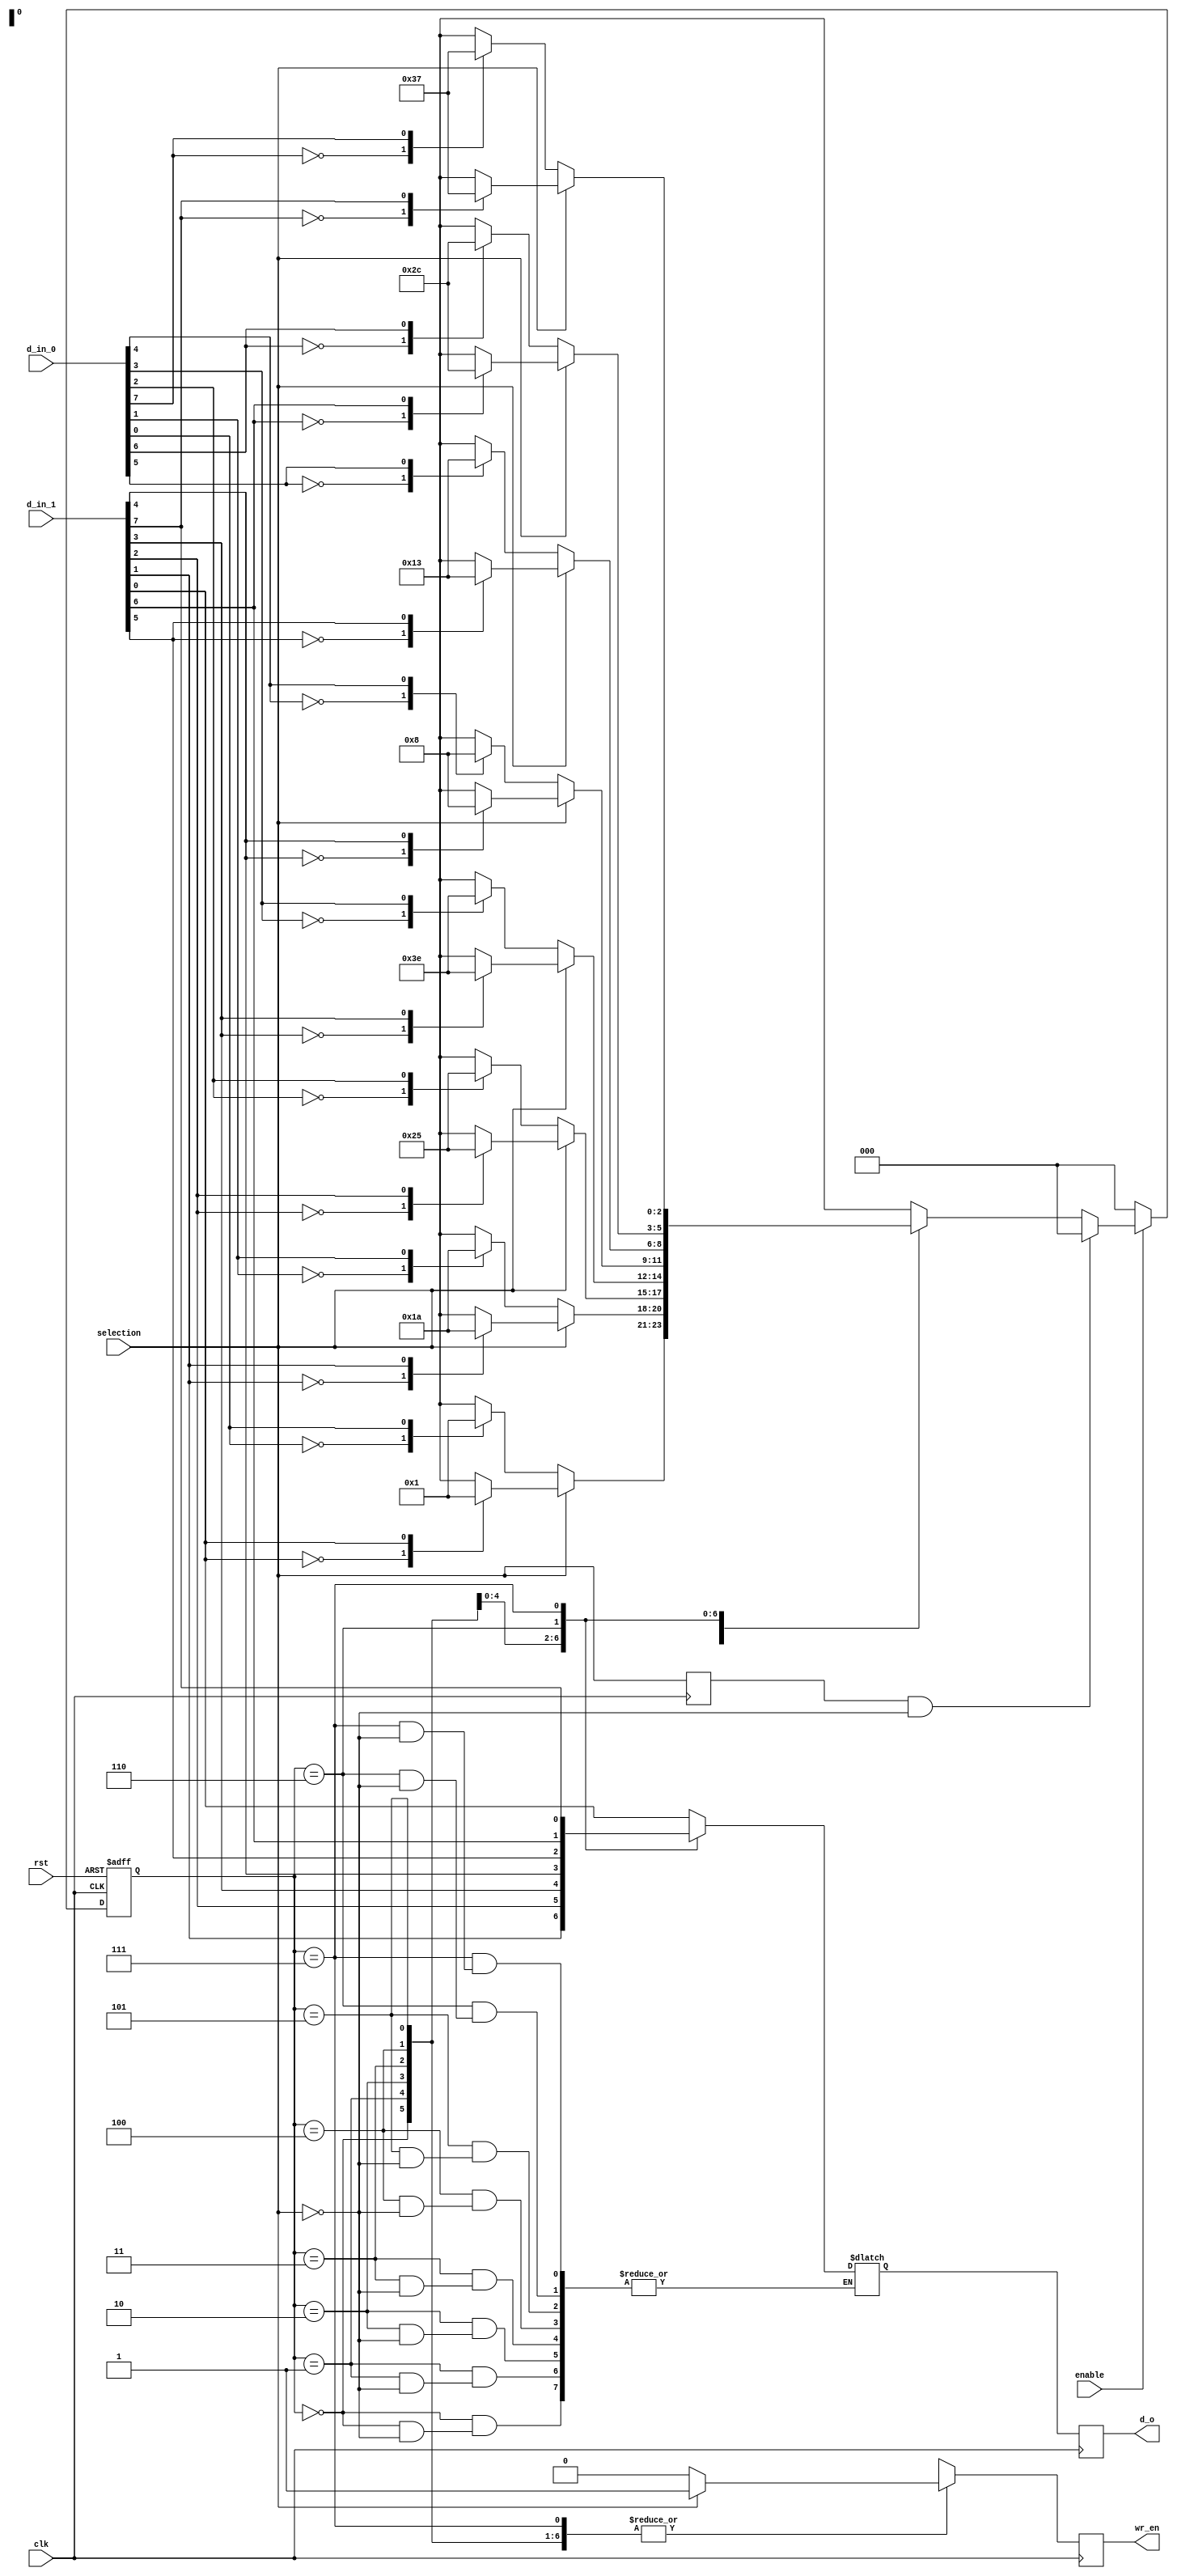
module tbu
(
   clk,
   rst,
   enable,
   selection,
   d_in_0,
   d_in_1,
   d_o,
   wr_en
);

   input       clk;
   input       rst;
   input       enable;
   input       selection;
   input [7:0] d_in_0;
   input [7:0] d_in_1;
   output reg  d_o;
   output reg  wr_en;


   reg         d_o_reg;
   reg         wr_en_reg;

   
   reg   [2:0] pstate;
   reg   [2:0] nstate;

   reg         selection_buf;

   always @(posedge clk)
   begin
      selection_buf  <= selection;
      wr_en          <= wr_en_reg;
      d_o            <= d_o_reg;
   end
   always @(posedge clk or negedge rst)
   begin
      if(rst==1'b0)
         pstate   <= 3'b000;
      else if(enable==1'b0)
         pstate   <= 3'b000;
      else if(selection_buf==1'b1 && selection==1'b0)
         pstate   <= 3'b000;
      else
         pstate   <= nstate;
   end


   always @(*)
   begin
      case (pstate)
         3'b000:
         begin
            if(selection==1'b0)
            begin
               wr_en_reg =  1'b0;
               case(d_in_0[0])
                  1'b0: nstate   =  3'b000;
                  1'b1: nstate   =  3'b001;
               endcase
            end
            else
            begin
               d_o_reg   =  d_in_1[0];  
               wr_en_reg =  1'b1;
               case(d_in_1[0])
                  1'b0: nstate   =  3'b000;
                  1'b1: nstate   =  3'b001;
               endcase
           end
         end

         3'b001:
         begin
            if(selection==1'b0)
             begin
             wr_en_reg =  1'b0;
               case(d_in_0[1])
                  1'b0: nstate   =  3'b011;
                  1'b1: nstate   =  3'b010;
               endcase
            end
            else
            begin
               d_o_reg   =  d_in_1[1];  
               wr_en_reg =  1'b1;
               case(d_in_1[1])
                  1'b0: nstate   =  3'b011;
                  1'b1: nstate   =  3'b010;
               endcase
           end
         end

         3'b010:
         begin
            if(selection==1'b0)
            begin
               wr_en_reg =  1'b0;
               case(d_in_0[2])
                  1'b0: nstate   =  3'b100;
                  1'b1: nstate   =  3'b101;
               endcase
            end
            else
            begin
               d_o_reg   =  d_in_1[2];  
               wr_en_reg =  1'b1;
               case(d_in_1[2])
                  1'b0: nstate   =  3'b100;
                  1'b1: nstate   =  3'b101;
               endcase
            end
         end

         3'b011:
         begin
            if(selection==1'b0)
            begin
               wr_en_reg =  1'b0;
               case(d_in_0[3])
                  1'b0: nstate   =  3'b111;
                  1'b1: nstate   =  3'b110;
               endcase
            end
            else
            begin
               d_o_reg   =  d_in_1[3]; 
               wr_en_reg =  1'b1;
               case(d_in_1[3])
                  1'b0: nstate   =  3'b111;
                  1'b1: nstate   =  3'b110;
               endcase
            end
         end

         3'b100:
         begin
            if(selection==1'b0)
            begin
               wr_en_reg =  1'b0;
               case(d_in_0[4])
                  1'b0: nstate   =  3'b001;
                  1'b1: nstate   =  3'b000;
               endcase
            end
            else
            begin
               d_o_reg   =  d_in_1[4];  
               wr_en_reg =  1'b1;
               case(d_in_1[4])
                  1'b0: nstate   =  3'b001;
                  1'b1: nstate   =  3'b000;
               endcase
            end
         end

         3'b101:
         begin
            if(selection==1'b0)
            begin
               wr_en_reg =  1'b0;
               case(d_in_0[5])
                  1'b0: nstate   =  3'b010;
                  1'b1: nstate   =  3'b011;
               endcase
            end
            else
            begin
               d_o_reg   =  d_in_1[5];  
               wr_en_reg =  1'b1;
               case(d_in_1[5])
                  1'b0: nstate   =  3'b010;
                  1'b1: nstate   =  3'b011;
               endcase
            end
         end

         3'b110:
         begin
            if(selection==1'b0)
            begin
               wr_en_reg =  1'b0;
               case(d_in_0[6])
                  1'b0: nstate   =  3'b101;
                  1'b1: nstate   =  3'b100;
               endcase
            end
            else
            begin
               d_o_reg   =  d_in_1[6];  
               wr_en_reg =  1'b1;
               case(d_in_1[6])
                  1'b0: nstate   =  3'b101;
                  1'b1: nstate   =  3'b100;
               endcase
            end
         end

         3'b111:
         begin
            if(selection==1'b0)
            begin
               wr_en_reg =  1'b0;
               case(d_in_0[7])
                  1'b0: nstate   =  3'b110;
                  1'b1: nstate   =  3'b111;
               endcase
            end
            else
            begin
               d_o_reg   =  d_in_1[7];  
               wr_en_reg =  1'b1;
               case(d_in_1[7])
                  1'b0: nstate   =  3'b110;
                  1'b1: nstate   =  3'b111;
               endcase
            end
         end
      endcase
   end

endmodule